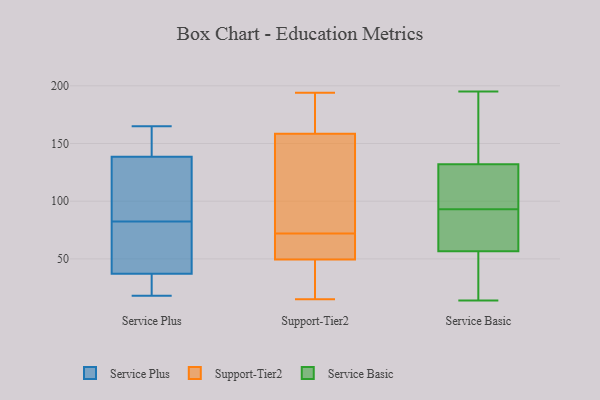
{"axis": {"x": "Active Users", "y": "Value"}, "legend": ["Service Basic", "Service Plus", "Support-Tier2"], "data": [{"x": "", "y": 18, "type": "Service Plus"}, {"x": "", "y": 89, "type": "Service Plus"}, {"x": "", "y": 132, "type": "Service Plus"}, {"x": "", "y": 145, "type": "Service Plus"}, {"x": "", "y": 21, "type": "Service Plus"}, {"x": "", "y": 71, "type": "Service Plus"}, {"x": "", "y": 44, "type": "Service Plus"}, {"x": "", "y": 145, "type": "Service Plus"}, {"x": "", "y": 51, "type": "Service Plus"}, {"x": "", "y": 165, "type": "Service Plus"}, {"x": "", "y": 161, "type": "Service Plus"}, {"x": "", "y": 104, "type": "Service Plus"}, {"x": "", "y": 30, "type": "Service Plus"}, {"x": "", "y": 76, "type": "Service Plus"}, {"x": "", "y": 114, "type": "Service Plus"}, {"x": "", "y": 30, "type": "Service Plus"}, {"x": "", "y": 165, "type": "Support-Tier2"}, {"x": "", "y": 49, "type": "Support-Tier2"}, {"x": "", "y": 29, "type": "Support-Tier2"}, {"x": "", "y": 98, "type": "Support-Tier2"}, {"x": "", "y": 55, "type": "Support-Tier2"}, {"x": "", "y": 51, "type": "Support-Tier2"}, {"x": "", "y": 145, "type": "Support-Tier2"}, {"x": "", "y": 72, "type": "Support-Tier2"}, {"x": "", "y": 15, "type": "Support-Tier2"}, {"x": "", "y": 163, "type": "Support-Tier2"}, {"x": "", "y": 194, "type": "Support-Tier2"}, {"x": "", "y": 122, "type": "Service Basic"}, {"x": "", "y": 80, "type": "Service Basic"}, {"x": "", "y": 190, "type": "Service Basic"}, {"x": "", "y": 32, "type": "Service Basic"}, {"x": "", "y": 93, "type": "Service Basic"}, {"x": "", "y": 195, "type": "Service Basic"}, {"x": "", "y": 14, "type": "Service Basic"}, {"x": "", "y": 116, "type": "Service Basic"}, {"x": "", "y": 69, "type": "Service Basic"}, {"x": "", "y": 131, "type": "Service Basic"}, {"x": "", "y": 40, "type": "Service Basic"}, {"x": "", "y": 135, "type": "Service Basic"}, {"x": "", "y": 62, "type": "Service Basic"}]}